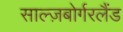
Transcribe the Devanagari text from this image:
साल्ज़बोर्गरलैंड